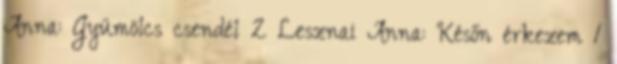
Anna: Gyümölcs csendél 2 Lesznai Anna: Későn érkezem 1